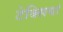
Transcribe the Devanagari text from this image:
टेक्सियां